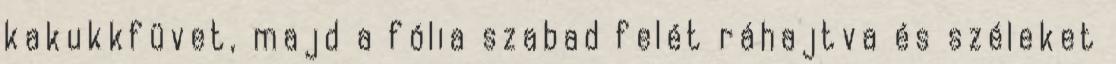
kakukkfüvet, majd a fólia szabad felét ráhajtva és széleket